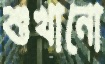
শুখানো